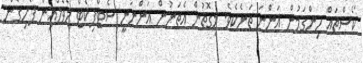
ކޯސްތައް ހިންގަމުން އަންނަ ތަނެކެވެ. މިގޮތުން އެތަނުން އަންނަނީ ސެޓްފިކެޓް ލެވެލްއިން ފެށިގެން